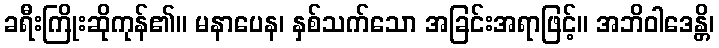
ခရီးကြိုးဆိုကုန်၏။ မနာပေန၊ နှစ်သက်သော အခြင်းအရာဖြင့်။ အဘိဝါဒေန္တိ၊